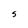
Character: S